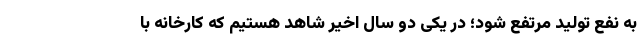
به نفع تولید مرتفع شود؛ در یکى دو سال اخیر شاهد هستیم که کارخانه با